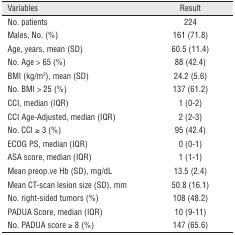
<table><thead><tr><td><b>Variables</b></td><td><b>Result</b></td></tr></thead><tbody><tr><td>No. patients</td><td>224</td></tr><tr><td>Males, No. (%)</td><td>161 (71.8)</td></tr><tr><td>Age, years, mean (SD)</td><td>60.5 (11.4)</td></tr><tr><td>No. Age &gt; 65 (%)</td><td>88 (42.4)</td></tr><tr><td>BMI (kg/m<sup>2</sup>), mean (SD)</td><td>24.2 (5.6)</td></tr><tr><td>No. BMI &gt; 25 (%)</td><td>137 (61.2)</td></tr><tr><td>CCI, median (IQR)</td><td>1 (0-2)</td></tr><tr><td>CCI Age-Adjusted, median (IQR)</td><td>2 (2-3)</td></tr><tr><td>No. CCI ≥ 3 (%)</td><td>95 (42.4)</td></tr><tr><td>ECOG PS, median (IQR)</td><td>0 (0-1)</td></tr><tr><td>ASA score, median (IQR)</td><td>1 (1-1)</td></tr><tr><td>Mean preop.ve Hb (SD), mg/dL</td><td>13.5 (2.4)</td></tr><tr><td>Mean CT-scan lesion size (SD), mm</td><td>50.8 (16.1)</td></tr><tr><td>No. right-sided tumors (%)</td><td>108 (48.2)</td></tr><tr><td>PADUA Score, median (IQR)</td><td>10 (9-11)</td></tr><tr><td>No. PADUA score ≥ 8 (%)</td><td>147 (65.6)</td></tr></tbody></table>